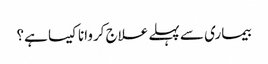
بیماری سے پہلے علاج کروانا کیسا ہے؟